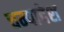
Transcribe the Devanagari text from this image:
चम्पादेश